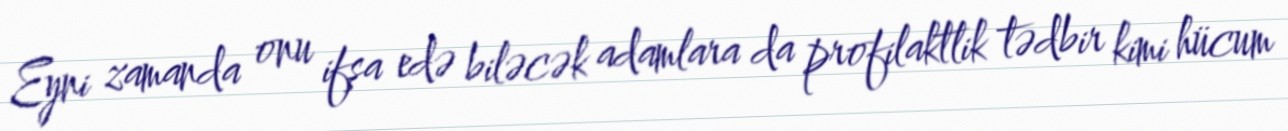
Eyni zamanda onu ifşa edə biləcək adamlara da profilaktlik tədbir kimi hücum